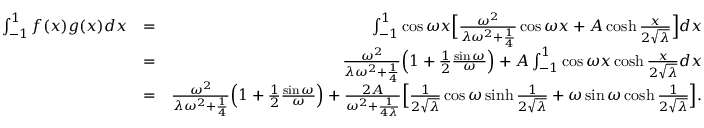
\begin{array} { r l r } { \int _ { - 1 } ^ { 1 } f ( x ) g ( x ) d x } & { = } & { \int _ { - 1 } ^ { 1 } \cos \omega x \Big [ \frac { \omega ^ { 2 } } { \lambda \omega ^ { 2 } + \frac { 1 } { 4 } } \cos \omega x + A \cosh \frac { x } { 2 \sqrt { \lambda } } \Big ] d x } \\ & { = } & { \frac { \omega ^ { 2 } } { \lambda \omega ^ { 2 } + \frac { 1 } { 4 } } \Big ( 1 + \frac { 1 } { 2 } \frac { \sin \omega } { \omega } \Big ) + A \int _ { - 1 } ^ { 1 } \cos \omega x \cosh \frac { x } { 2 \sqrt { \lambda } } d x } \\ & { = } & { \frac { \omega ^ { 2 } } { \lambda \omega ^ { 2 } + \frac { 1 } { 4 } } \Big ( 1 + \frac { 1 } { 2 } \frac { \sin \omega } { \omega } \Big ) + \frac { 2 A } { \omega ^ { 2 } + \frac { 1 } { 4 \lambda } } \Big [ \frac { 1 } { 2 \sqrt { \lambda } } \cos \omega \sinh \frac { 1 } { 2 \sqrt { \lambda } } + \omega \sin \omega \cosh \frac { 1 } { 2 \sqrt { \lambda } } \Big ] . } \end{array}